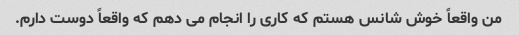
من واقعاً خوش شانس هستم که کاری را انجام می دهم که واقعاً دوست دارم.